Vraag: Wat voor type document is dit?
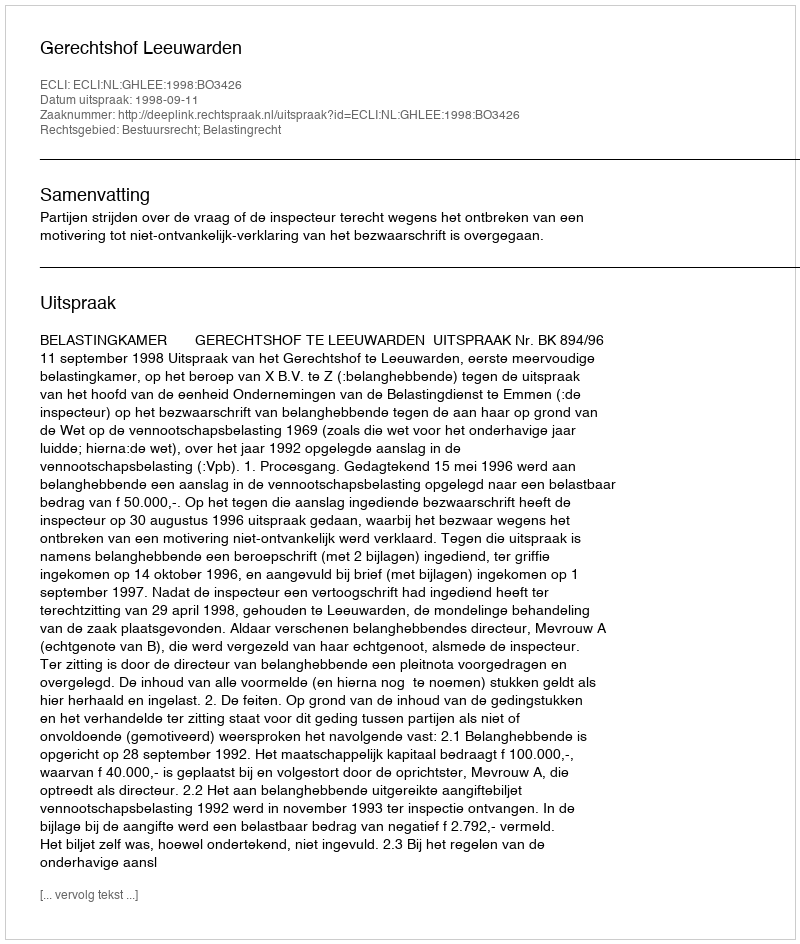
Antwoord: Uitspraak